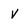
Character: v